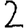
Digit: 2